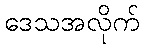
ဒေသအလိုက်